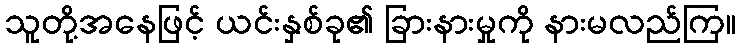
သူတို့အနေဖြင့် ယင်းနှစ်ခု၏ ခြားနားမှုကို နားမလည်ကြ။